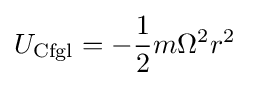
{U}_{\mathrm {Cfgl} }=-{\frac {1}{2}}m\Omega ^{2}r^{2}\